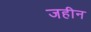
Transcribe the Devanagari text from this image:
जहीन